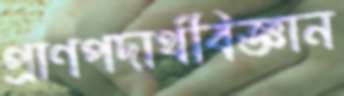
প্রাণপদার্থবিজ্ঞান